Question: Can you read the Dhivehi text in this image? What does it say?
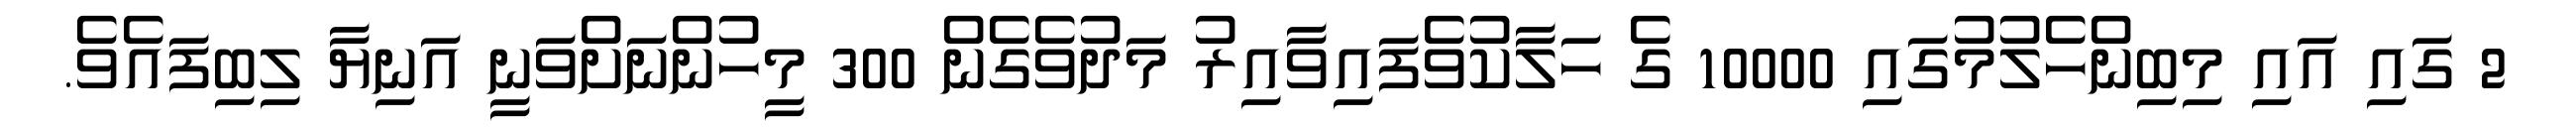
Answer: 2 ގައި އައި މިބިންހެލުމުގައި 10000 ގެ ހަލާކުވެފައިވާއިރު މަދުވެގެން 300 މީހުންނަށްވަނީ އަނިޔާ ލިބިފައެވެ.